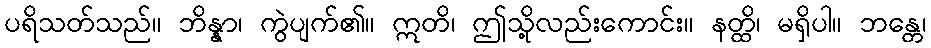
ပရိသတ်သည်။ ဘိန္နာ၊ ကွဲပျက်၏။ ဣတိ၊ ဤသို့လည်းကောင်း။ နတ္ထိ၊ မရှိပါ။ ဘန္တေ၊